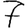
Digit: 7